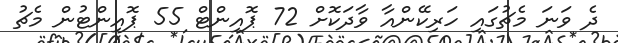
ދެ ވަނަ މެޗުގައި ހަރިކޭންއާ ވާދަކޮށް 72 ޕޮއިންޓް 55 ޕޮއިންޓުން މެޗު